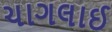
ચાગલાઈ